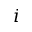
i